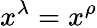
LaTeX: x^{\lambda}=x^{\rho}